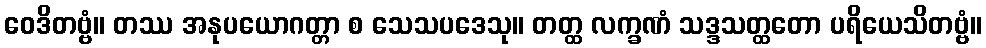
ဝေဒိတဗ္ဗံ။ တဿ အနုပယောဂတ္တာ စ သေသပဒေသု။ တတ္ထ လက္ခဏံ သဒ္ဒသတ္ထတော ပရိယေသိတဗ္ဗံ။